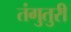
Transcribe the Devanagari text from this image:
तंगुतुरी